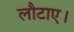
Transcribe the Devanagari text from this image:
लौटाए।